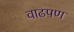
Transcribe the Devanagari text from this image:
वाढपण